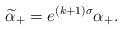
LaTeX: \begin{align*}\widetilde{ \alpha}_+ = e^{(k+1) \sigma} \alpha_+. \end{align*}